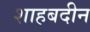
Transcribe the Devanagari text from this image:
शाहबदीन